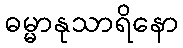
ဓမ္မာနုသာရိနော